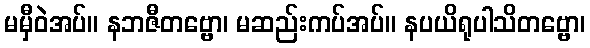
မမှီဝဲအပ်။ နဘဇီတဗ္ဗော၊ မဆည်းကပ်အပ်။ နပယိရုပါသိတဗ္ဗော၊